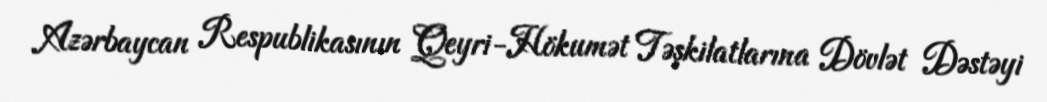
Azərbaycan Respublikasının Qeyri-Hökumət Təşkilatlarına Dövlət Dəstəyi